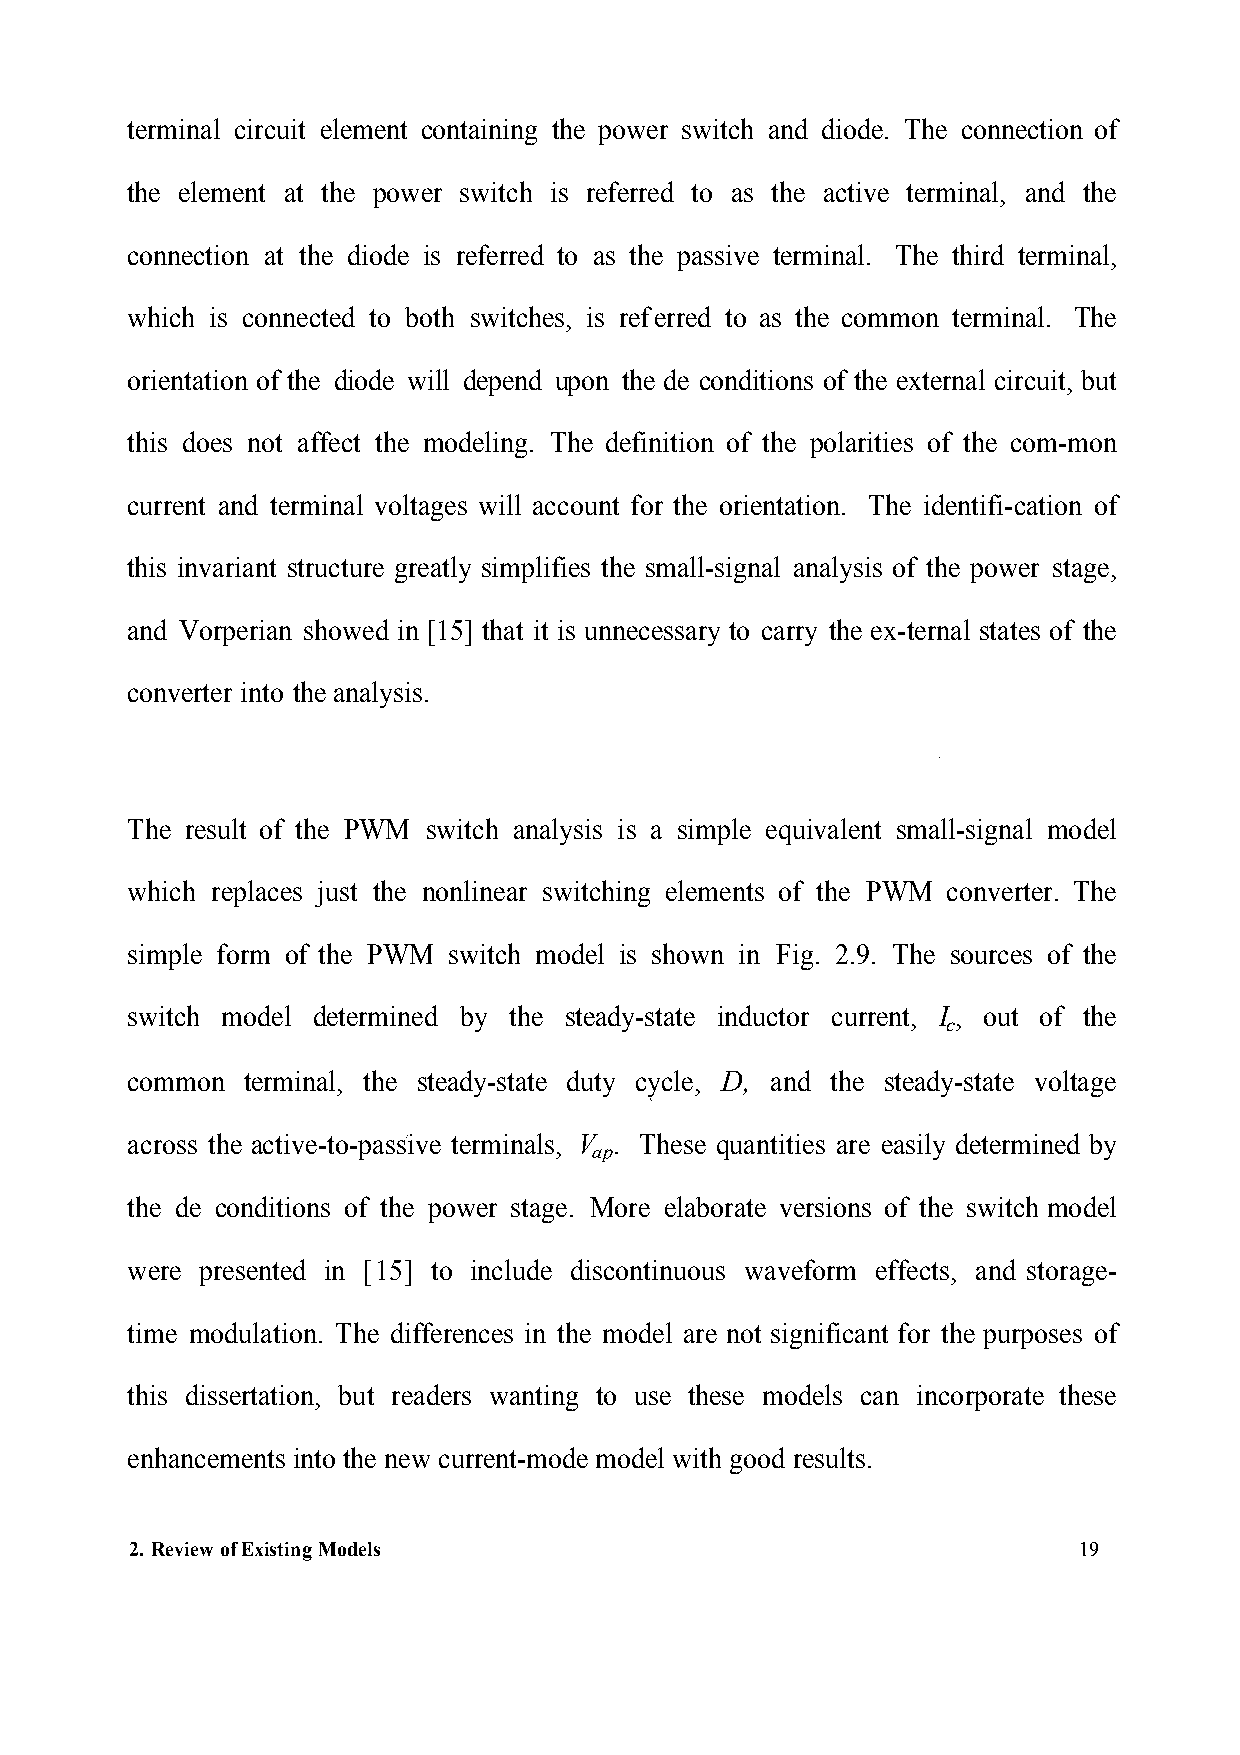
terminal circuit element containing the power switch and diode. The connection of
 the element at the power switch is referred to as the active terminal, and the
 connection at the diode is referred to as the passive terminal. The third terminal,
 which is connected to both switches, is ref erred to as the common terminal. The
 orientation of the diode will depend upon the de conditions of the external circuit, but
 this does not affect the modeling. The definition of the polarities of the com-mon
 current and terminal voltages will account for the orientation. The identifi-cation of
 this invariant structure greatly simplifies the small-signal analysis of the power stage,
 and Vorperian showed in [15] that it is unnecessary to carry the ex-ternal states of the
 converter into the analysis.
 The result of the PWM switch analysis is a simple equivalent small-signal model
 which replaces just the nonlinear switching elements of the PWM converter. The
 simple form of the PWM switch model is shown in Fig. 2.9. The sources of the
 switch model determined by the steady-state inductor current, I , out of the
 c
 common  terminal, the steady-state duty cycle, D, and the steady-state voltage
 across the active-to-passive terminals, V . These quantities are easily determined by
 ap
 the de conditions of the power stage. More elaborate versions of the switch model
 were presented in [ 15] to include discontinuous waveform effects, and storage-
 time modulation. The differences in the model are not significant for the purposes of
 this dissertation, but readers wanting to use these models can incorporate these
 enhancements into the new current-mode model with good results.
 2. Review of Existing Models                                  19